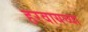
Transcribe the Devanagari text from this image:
हरवायच्या